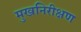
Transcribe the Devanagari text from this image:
मुखनिरीक्षण